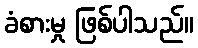
ခံစားမှု ဖြစ်ပါသည်။